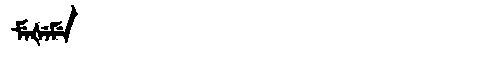
Manchu: ᠮᡝᡧᡝᠮᡝ
Romanization: MEŠEME